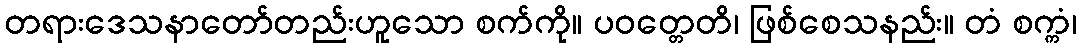
တရားဒေသနာတော်တည်းဟူသော စက်ကို။ ပဝတ္တေတိ၊ ဖြစ်စေသနည်း။ တံ စက္ကံ၊